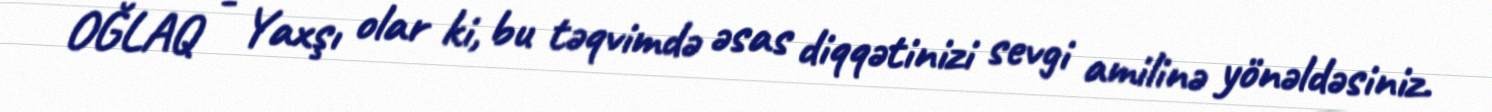
OĞLAQ - Yaxşı olar ki, bu təqvimdə əsas diqqətinizi sevgi amilinə yönəldəsiniz.